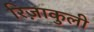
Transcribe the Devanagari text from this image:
रिज़ाकुली